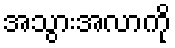
အသွားအလာကို